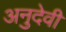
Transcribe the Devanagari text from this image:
अनुदेवी